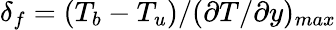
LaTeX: \delta_{f}=(T_{b}-T_{u})/(\partial T/\partial y)_{max}